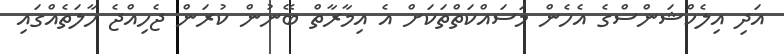
އަދި އިލެކްޝަންސްގެ އެހެން މަސައްކަތްތަކަށް އެ އިމާރާތް ބޭނުން ކުރަން ޖެހިއްޖެ ހާލަތެއްގައި